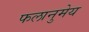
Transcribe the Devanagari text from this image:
फलानुमेय